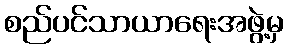
စည်ပင်သာယာရေးအဖွဲ့မှ